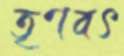
তৃণবৎ